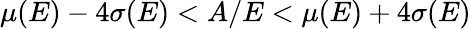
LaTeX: \mu(E)-4\sigma(E)<A/E<\mu(E)+4\sigma(E)